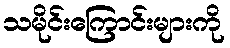
သမိုင်းကြောင်းများကို